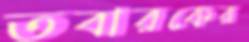
তবারকের